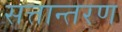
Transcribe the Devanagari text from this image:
सत्तान्तरण